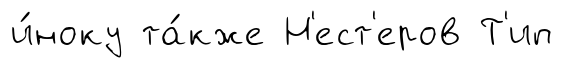
и́ноку та́кже Н'ест'еров Т'ип